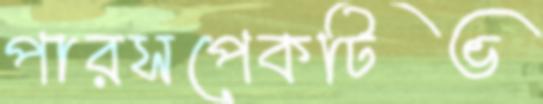
পারসপেকটিভ